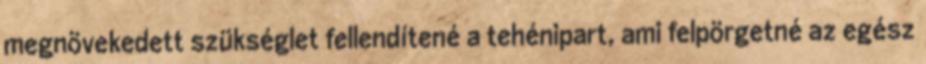
megnövekedett szükséglet fellendítené a tehénipart, ami felpörgetné az egész